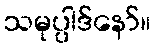
သမုပ္ပါဒ်နော်။